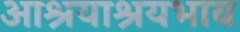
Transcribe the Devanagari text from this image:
आश्रयाश्रयभाव